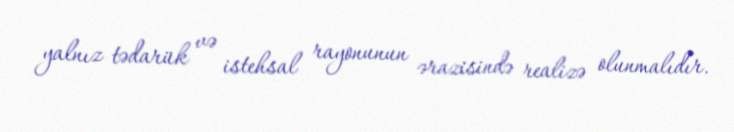
yalnız tədarük və istehsal rayonunun ərazisində realizə olunmalıdır.